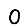
Digit: 0